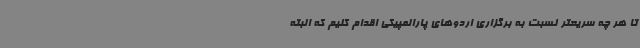
تا هر چه سریعتر نسبت به برگزاری اردوهای پارالمپیکی اقدام کنیم که البته